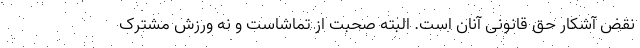
نقض آشکار حق قانونی آنان است. البته صحبت از تماشاست و نه ورزش مشترک